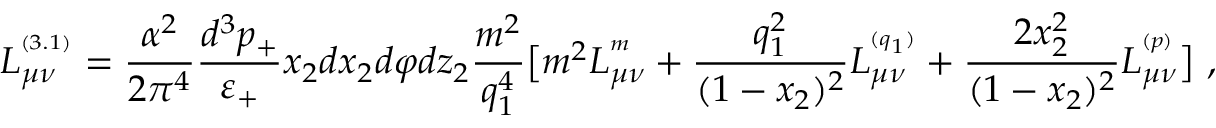
L _ { \mu \nu } ^ { ^ { ( 3 . 1 ) } } = \frac { \alpha ^ { 2 } } { 2 \pi ^ { 4 } } \frac { d ^ { 3 } p _ { + } } { \varepsilon _ { + } } x _ { 2 } d x _ { 2 } d \varphi d z _ { 2 } \frac { m ^ { 2 } } { q _ { 1 } ^ { 4 } } \bigl [ m ^ { 2 } L _ { \mu \nu } ^ { ^ { m } } + \frac { q _ { 1 } ^ { 2 } } { ( 1 - x _ { 2 } ) ^ { 2 } } L _ { \mu \nu } ^ { ^ { ( q _ { 1 } ) } } + \frac { 2 x _ { 2 } ^ { 2 } } { ( 1 - x _ { 2 } ) ^ { 2 } } L _ { \mu \nu } ^ { ^ { ( p ) } } \bigr ] \ ,